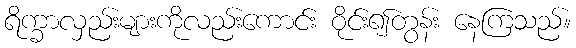
ရိက္ခာလှည်းများကိုလည်းကောင်း ဝိုင်း၍တွန်း နေကြသည်။